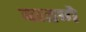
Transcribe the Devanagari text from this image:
वातणे